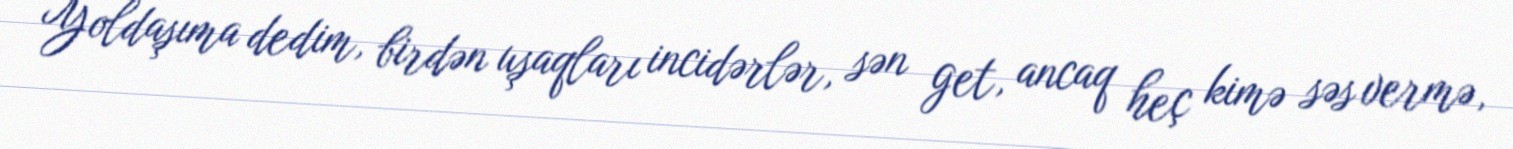
Yoldaşıma dedim, birdən uşaqları incidərlər, sən get, ancaq heç kimə səs vermə,